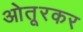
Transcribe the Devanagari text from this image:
ओतूरकर